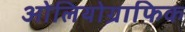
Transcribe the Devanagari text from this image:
ओलियोग्राफिक